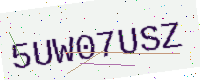
Text: 5UW07USZ